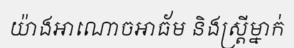
យ៉ាងអាណោចអាធ័ម និងស្ត្រីម្នាក់